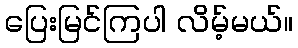
ပြေးမြင်ကြပါ လိမ့်မယ်။